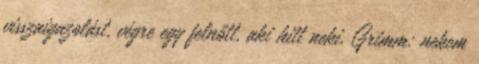
visszaigazolást, végre egy felnőtt, aki hitt neki. Grimm: nekem